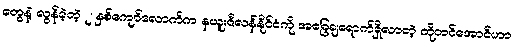
တွေနဲ့ လွန်ခဲ့တဲ့ ၂ နှစ်ကျော်လောက်က နယူးဇီလန်နိုင်ငံကို အခြေချရောက်ရှိလာတဲ့ ကိုတင်အောင်ဟာ